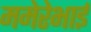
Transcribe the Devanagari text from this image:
ममेरेभाई